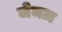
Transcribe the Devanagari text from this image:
जेमज़